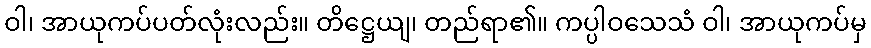
ဝါ၊ အာယုကပ်ပတ်လုံးလည်း။ တိဋ္ဌေယျ၊ တည်ရာ၏။ ကပ္ပါဝသေသံ ဝါ၊ အာယုကပ်မှ